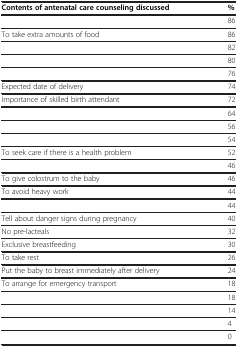
<table><thead><tr><td><b>Contents of antenatal care counseling discussed</b></td><td><b>%</b></td></tr></thead><tbody><tr><td>[EMPTY_CELL]</td><td>86</td></tr><tr><td>To take extra amounts of food</td><td>86</td></tr><tr><td>[EMPTY_CELL]</td><td>82</td></tr><tr><td>[EMPTY_CELL]</td><td>80</td></tr><tr><td>[EMPTY_CELL]</td><td>76</td></tr><tr><td>Expected date of delivery</td><td>74</td></tr><tr><td>Importance of skilled birth attendant</td><td>72</td></tr><tr><td>[EMPTY_CELL]</td><td>64</td></tr><tr><td>[EMPTY_CELL]</td><td>56</td></tr><tr><td>[EMPTY_CELL]</td><td>54</td></tr><tr><td>To seek care if there is a health problem</td><td>52</td></tr><tr><td>[EMPTY_CELL]</td><td>46</td></tr><tr><td>To give colostrum to the baby</td><td>46</td></tr><tr><td>To avoid heavy work</td><td>44</td></tr><tr><td>[EMPTY_CELL]</td><td>44</td></tr><tr><td>Tell about danger signs during pregnancy</td><td>40</td></tr><tr><td>No pre-lacteals</td><td>32</td></tr><tr><td>Exclusive breastfeeding</td><td>30</td></tr><tr><td>To take rest</td><td>26</td></tr><tr><td>Put the baby to breast immediately after delivery</td><td>24</td></tr><tr><td>To arrange for emergency transport</td><td>18</td></tr><tr><td>[EMPTY_CELL]</td><td>18</td></tr><tr><td>[EMPTY_CELL]</td><td>14</td></tr><tr><td>[EMPTY_CELL]</td><td>4</td></tr><tr><td>[EMPTY_CELL]</td><td>0</td></tr></tbody></table>